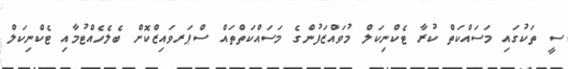
ސީ ތަކުގައި މަސައްކަތް ކުރާ ޓެކްނިކަލް މުވައްޒަފުންގެ މަސައްކަތްތައް ސްޕަރވައިޒްކޮށް ބެލެހެއްޓުމާއި ޓެކްނިކަލް